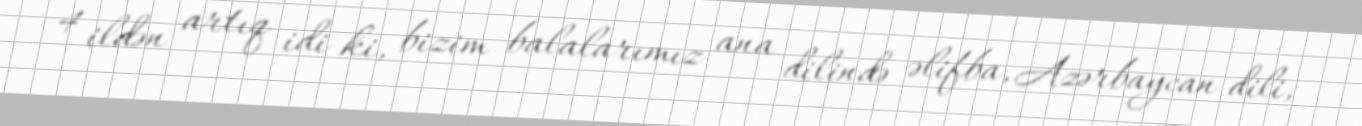
4 ildən artıq idi ki, bizim balalarımız ana dilində əlifba, Azərbaycan dili,